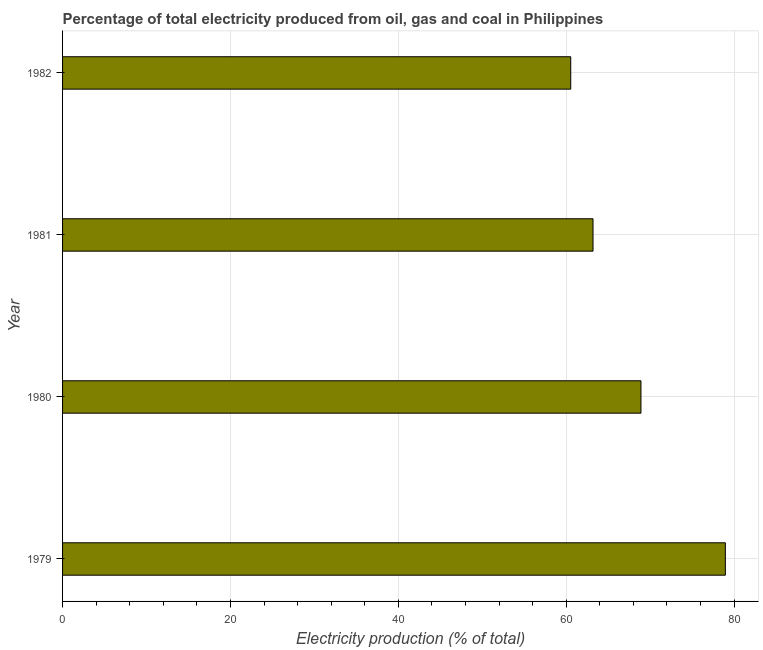
| Year | Electricity production |
 | --- | --- |
 | 1979 | 79 |
 | 1980 | 68.9 |
 | 1981 | 63.2 |
 | 1982 | 60.5 |